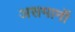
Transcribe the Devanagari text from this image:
असमानॉ